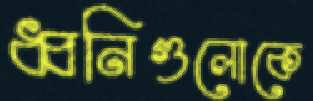
ধ্বনিগুলোকে